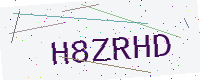
Text: H8ZRHD